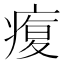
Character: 𤸑